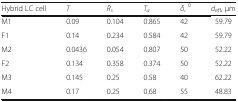
| Hybrid LC cell | T | Rs | Ta | δ, 0 | deff, μm |
 | --- | --- | --- | --- | --- | --- |
 | M1 | 0.09 | 0.104 | 0.865 | 42 | 59.79 |
 | F1 | 0.14 | 0.234 | 0.584 | 42 | 59.79 |
 | M2 | 0.0436 | 0.054 | 0.807 | 50 | 52.22 |
 | F2 | 0.134 | 0.358 | 0.374 | 50 | 52.22 |
 | M3 | 0.145 | 0.25 | 0.58 | 40 | 62.22 |
 | M4 | 0.17 | 0.25 | 0.68 | 55 | 48.83 |